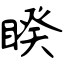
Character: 睽